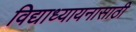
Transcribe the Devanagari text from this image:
विद्याध्यायनासाठी